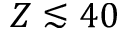
Z \lesssim 4 0